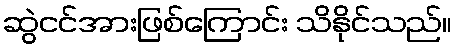
ဆွဲငင်အားဖြစ်ကြောင်း သိနိုင်သည်။